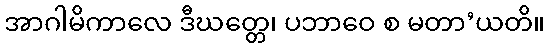
အာဂါမိကာလေ ဒီဃတ္တေ၊ ပဘာဝေ စ မတာ’ယတိ။